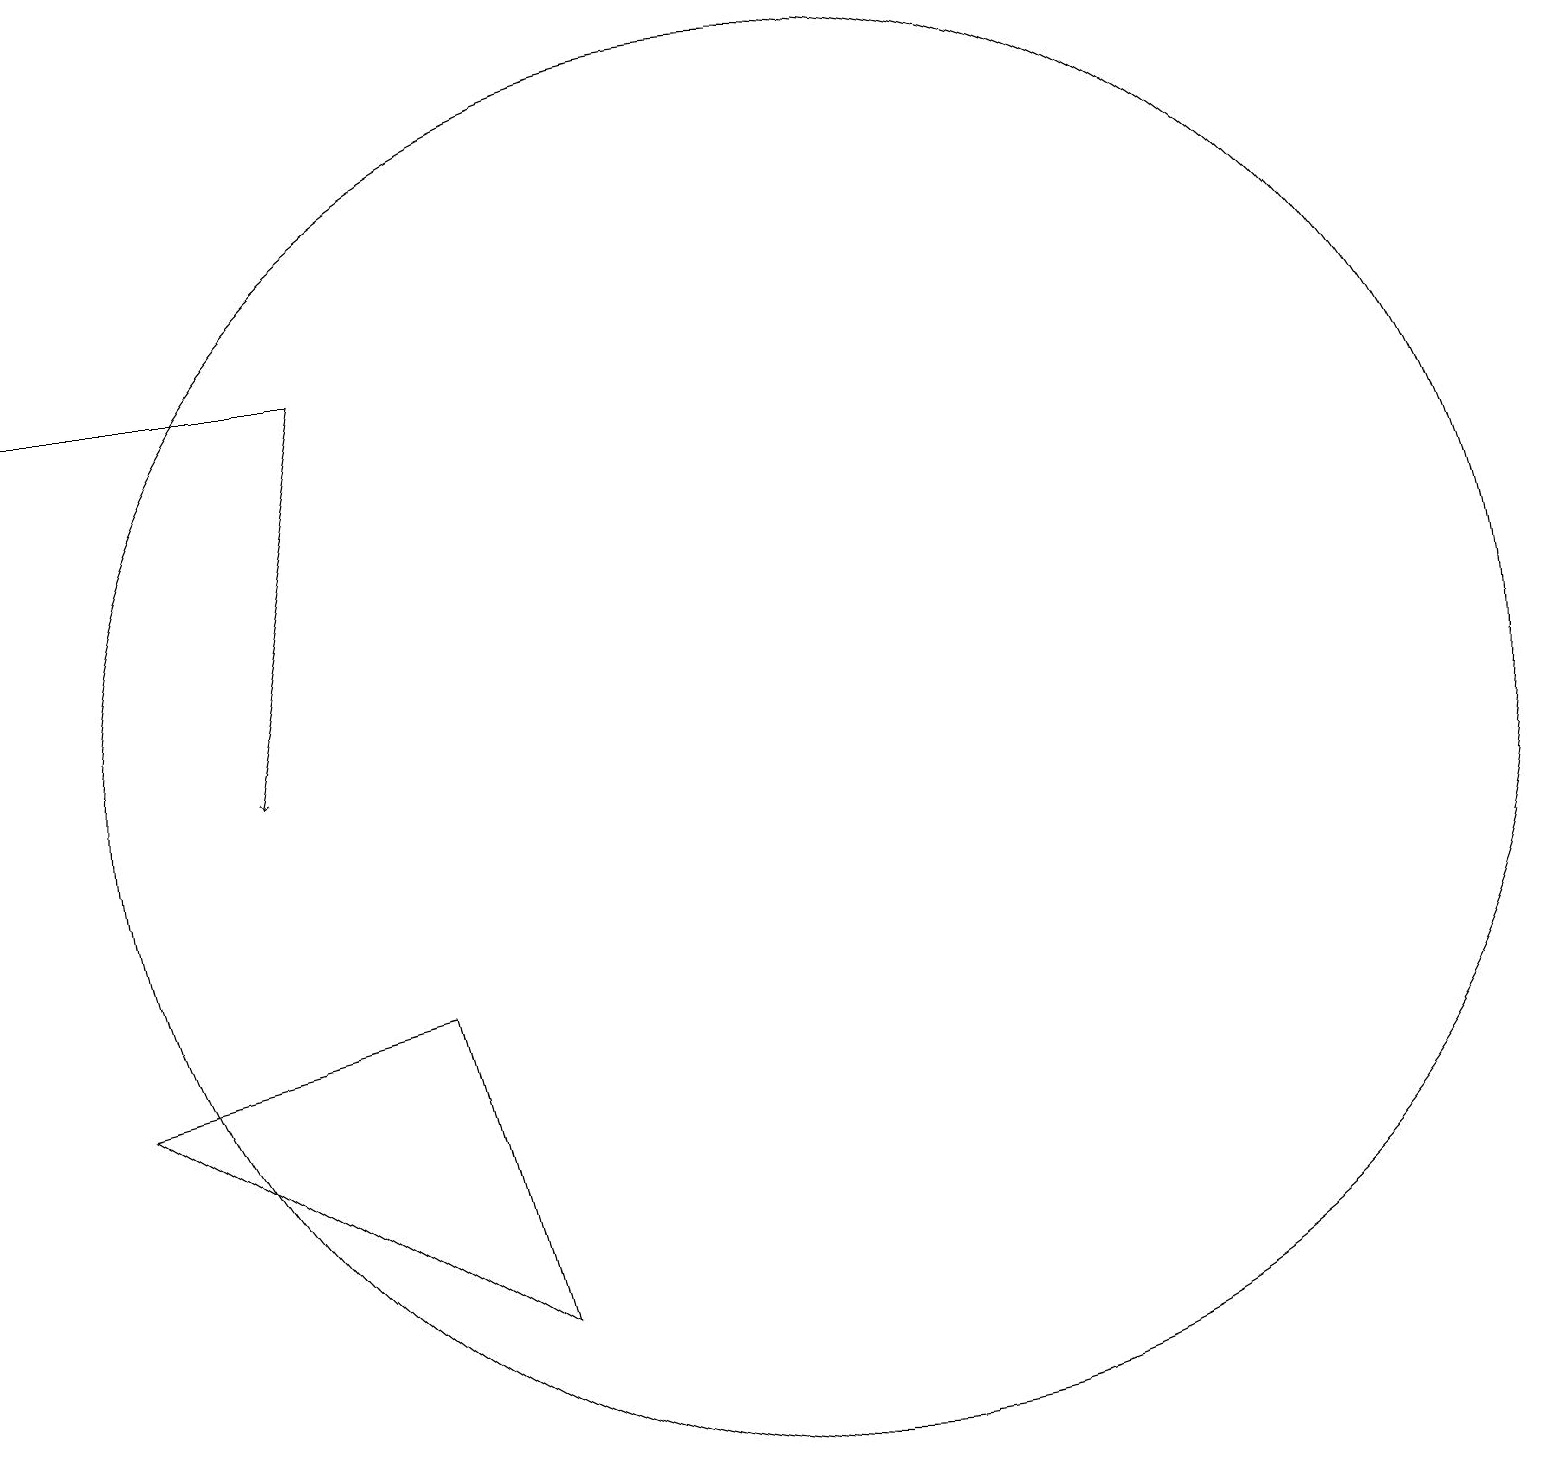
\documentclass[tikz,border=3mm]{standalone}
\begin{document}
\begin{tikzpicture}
\draw[->] (4,16) -- (3,11);
\draw (6,4) -- (5,8) -- (1,7) -- cycle;
\draw (10,11) circle (9);
\draw[->] (4,16) -- (0,16);
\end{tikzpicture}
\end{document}